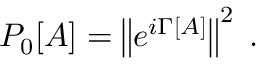
P _ { 0 } [ A ] = \left\Vert e ^ { i \Gamma [ A ] } \right\Vert ^ { 2 } \; .